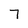
Character: 7